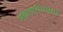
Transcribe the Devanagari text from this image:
महामारीसंबंधी